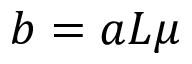
b = a L \mu